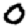
Digit: 0